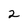
Character: 2